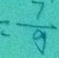
= \frac { 7 } { 9 }